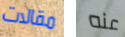
مقالات عنه